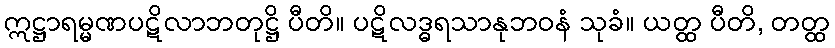
ဣဋ္ဌာရမ္မဏပဋိလာဘတုဋ္ဌိ ပီတိ။ ပဋိလဒ္ဓရသာနုဘဝနံ သုခံ။ ယတ္ထ ပီတိ, တတ္ထ